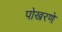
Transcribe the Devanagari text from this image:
पोखरणे